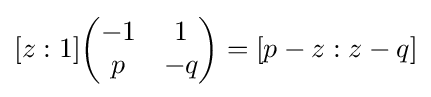
[z:1]{\begin{pmatrix}-1&1\\p&-q\end{pmatrix}}=[p-z:z-q]